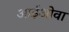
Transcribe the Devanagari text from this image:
आईओवा